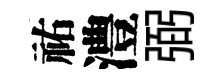
祐澧弼